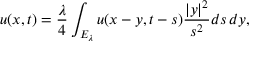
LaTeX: u ( x , t ) = { \frac { \lambda } { 4 } } \int _ { E _ { \lambda } } u ( x - y , t - s ) { \frac { | y | ^ { 2 } } { s ^ { 2 } } } d s \, d y ,